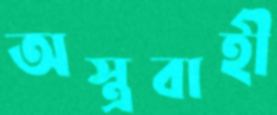
অস্ত্রবাহী